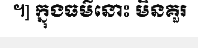
។] ក្នុងធម៌នោះ មិនគួរ